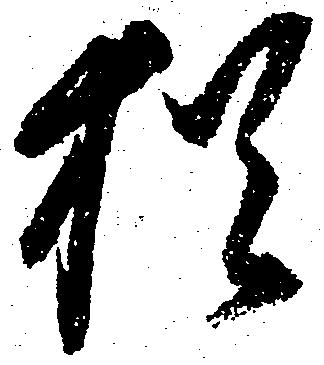
猶